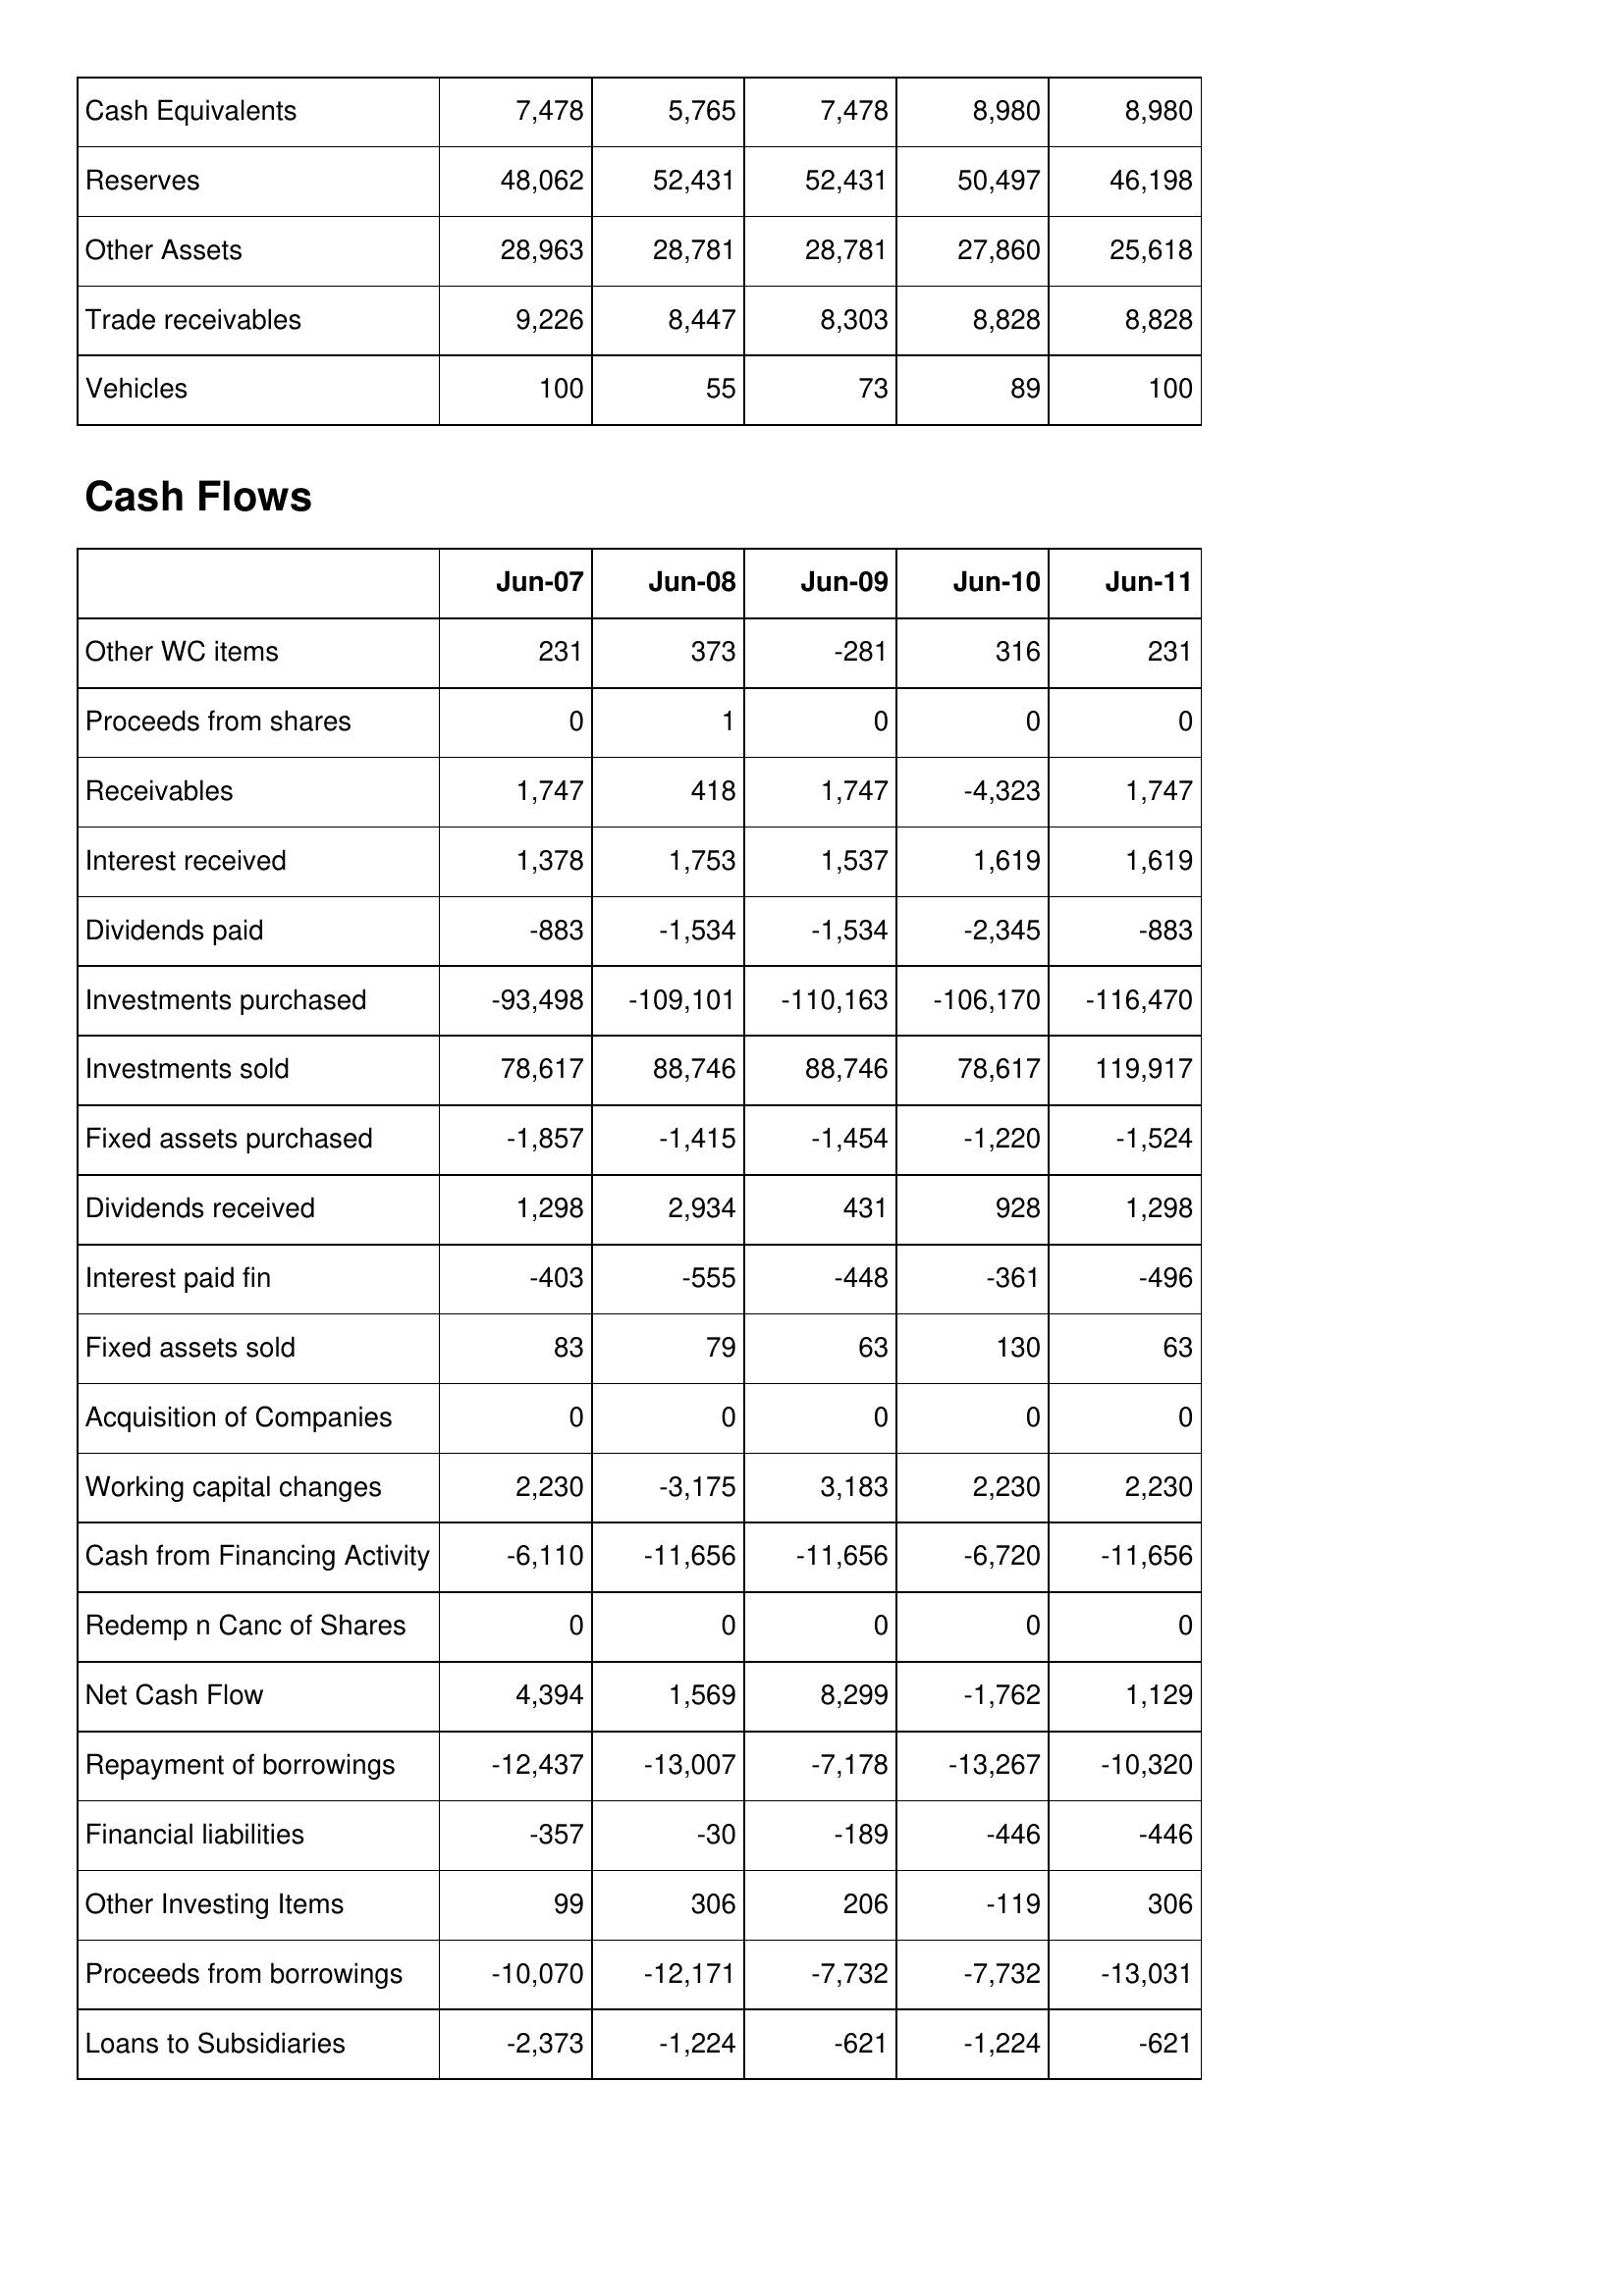
Jun-07: Balance Sheet: Cash Equivalents: 7,478
Reserves: 48,062
Other Assets: 28,963
Trade receivables: 9,226
Vehicles: 100
Cash Flows: Other WC items: 231
Proceeds from shares: 0
Receivables: 1,747
Interest received: 1,378
Dividends paid: -883
Investments purchased: -93,498
Investments sold: 78,617
Fixed assets purchased: -1,857
Dividends received: 1,298
Interest paid fin: -403
Fixed assets sold: 83
Acquisition of Companies: 0
Working capital changes: 2,230
Cash from Financing Activity: -6,110
Redemp n Canc of Shares: 0
Net Cash Flow: 4,394
Repayment of borrowings: -12,437
Financial liabilities: -357
Other Investing Items: 99
Proceeds from borrowings: -10,070
Loans to Subsidiaries: -2,373
Jun-08: Balance Sheet: Cash Equivalents: 5,765
Reserves: 52,431
Other Assets: 28,781
Trade receivables: 8,447
Vehicles: 55
Cash Flows: Other WC items: 373
Proceeds from shares: 1
Receivables: 418
Interest received: 1,753
Dividends paid: -1,534
Investments purchased: -109,101
Investments sold: 88,746
Fixed assets purchased: -1,415
Dividends received: 2,934
Interest paid fin: -555
Fixed assets sold: 79
Acquisition of Companies: 0
Working capital changes: -3,175
Cash from Financing Activity: -11,656
Redemp n Canc of Shares: 0
Net Cash Flow: 1,569
Repayment of borrowings: -13,007
Financial liabilities: -30
Other Investing Items: 306
Proceeds from borrowings: -12,171
Loans to Subsidiaries: -1,224
Jun-09: Balance Sheet: Cash Equivalents: 7,478
Reserves: 52,431
Other Assets: 28,781
Trade receivables: 8,303
Vehicles: 73
Cash Flows: Other WC items: -281
Proceeds from shares: 0
Receivables: 1,747
Interest received: 1,537
Dividends paid: -1,534
Investments purchased: -110,163
Investments sold: 88,746
Fixed assets purchased: -1,454
Dividends received: 431
Interest paid fin: -448
Fixed assets sold: 63
Acquisition of Companies: 0
Working capital changes: 3,183
Cash from Financing Activity: -11,656
Redemp n Canc of Shares: 0
Net Cash Flow: 8,299
Repayment of borrowings: -7,178
Financial liabilities: -189
Other Investing Items: 206
Proceeds from borrowings: -7,732
Loans to Subsidiaries: -621
Jun-10: Balance Sheet: Cash Equivalents: 8,980
Reserves: 50,497
Other Assets: 27,860
Trade receivables: 8,828
Vehicles: 89
Cash Flows: Other WC items: 316
Proceeds from shares: 0
Receivables: -4,323
Interest received: 1,619
Dividends paid: -2,345
Investments purchased: -106,170
Investments sold: 78,617
Fixed assets purchased: -1,220
Dividends received: 928
Interest paid fin: -361
Fixed assets sold: 130
Acquisition of Companies: 0
Working capital changes: 2,230
Cash from Financing Activity: -6,720
Redemp n Canc of Shares: 0
Net Cash Flow: -1,762
Repayment of borrowings: -13,267
Financial liabilities: -446
Other Investing Items: -119
Proceeds from borrowings: -7,732
Loans to Subsidiaries: -1,224
Jun-11: Balance Sheet: Cash Equivalents: 8,980
Reserves: 46,198
Other Assets: 25,618
Trade receivables: 8,828
Vehicles: 100
Cash Flows: Other WC items: 231
Proceeds from shares: 0
Receivables: 1,747
Interest received: 1,619
Dividends paid: -883
Investments purchased: -116,470
Investments sold: 119,917
Fixed assets purchased: -1,524
Dividends received: 1,298
Interest paid fin: -496
Fixed assets sold: 63
Acquisition of Companies: 0
Working capital changes: 2,230
Cash from Financing Activity: -11,656
Redemp n Canc of Shares: 0
Net Cash Flow: 1,129
Repayment of borrowings: -10,320
Financial liabilities: -446
Other Investing Items: 306
Proceeds from borrowings: -13,031
Loans to Subsidiaries: -621